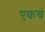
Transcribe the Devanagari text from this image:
एकचं